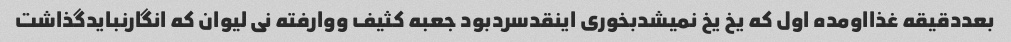
بعددقیقه غذااومده اول که یخ یخ نمیشدبخوری اینقدسردبود جعبه کثیف ووارفته نی لیوان که انگارنبایدگذاشت